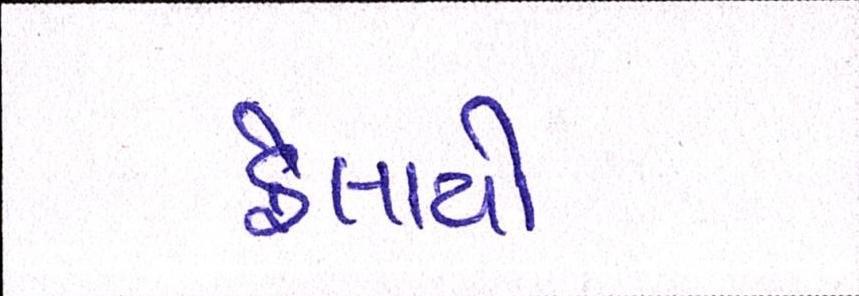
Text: ફેલાયો